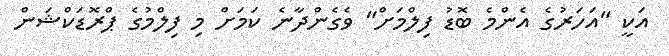
އަކީ "އަހަރުގެ އެންމެ ބޮޑު ފިލްމަށް" ވެގެންދާނެ ކަމަށް މި ފިލްމުގެ ޕްރޮޑަކްޝަން